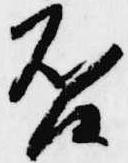
否